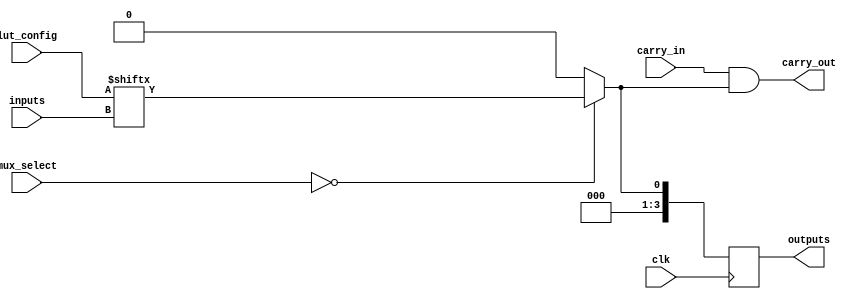
module CLB (
    input wire [3:0] inputs,          // 4-bit input for LUT
    input wire [1:0] mux_select,      // 2-bit selector for MUX
    input wire carry_in,               // Carry input for arithmetic operations
    input wire clk,                    // Clock for optional flip-flop
    input wire [15:0] lut_config,      // LUT configuration (truth table)
    output wire [3:0] outputs,         // 4-bit output
    output wire carry_out              // Carry output for arithmetic operations
);

// LUT implementation
wire [3:0] lut_out;
assign lut_out = lut_config[inputs]; // LUT output based on configuration

// MUX implementation
wire mux_out;
assign mux_out = (mux_select == 2'b00) ? lut_out[0] : 
                 (mux_select == 2'b01) ? lut_out[1] : 
                 (mux_select == 2'b10) ? lut_out[2] : 
                 lut_out[3]; // Select one of the LUT outputs

// Carry logic (simple example for addition)
wire carry_sum;
assign carry_sum = carry_in & mux_out; // Example carry logic

// Flip-Flop implementation (optional)
reg [3:0] ff_output;
always @(posedge clk) begin
    ff_output <= {3'b000, mux_out}; // Store selected MUX output
end

// Outputs
assign outputs = ff_output; // Output from flip-flop
assign carry_out = carry_sum; // Carry output

endmodule